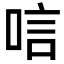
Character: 唁